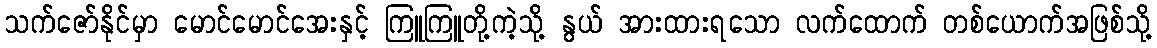
သက်ဇော်နိုင်မှာ မောင်မောင်အေးနှင့် ကြူကြူတို့ကဲ့သို့ နွယ် အားထားရသော လက်ထောက် တစ်ယောက်အဖြစ်သို့